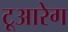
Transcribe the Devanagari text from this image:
टूआरेग